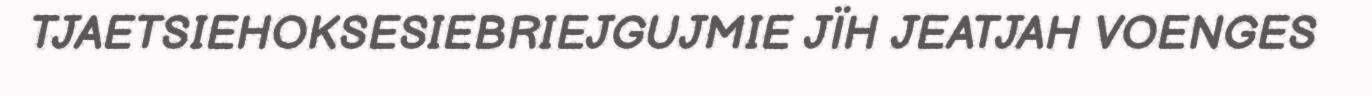
TJAETSIEHOKSESIEBRIEJGUJMIE JÏH JEATJAH VOENGES